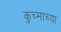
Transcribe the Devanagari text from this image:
कुच्माच्या